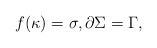
\begin{align*}f(\kappa)=\sigma,\partial\Sigma=\Gamma,\end{align*}